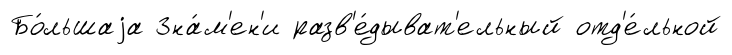
Бо́льшаjа Зна́м'ен'и разв'е́дыват'ельный отд'е́льной